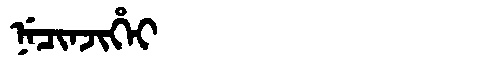
Manchu: ᠨᡝᠴᡳᠨᠵᡳᡥᡝᡳ
Romanization: NECINJIHEI